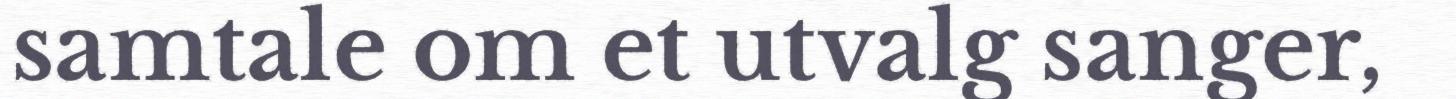
samtale om et utvalg sanger,